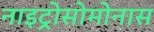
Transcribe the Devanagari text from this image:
नाइट्रोसोमोनास